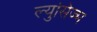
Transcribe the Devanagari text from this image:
ल्युसिज्म